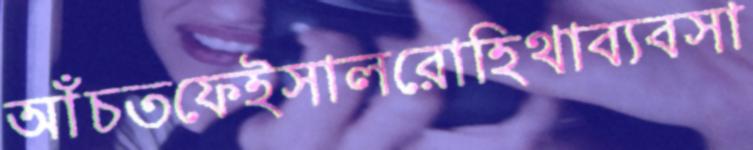
আঁচতফেইসালরোহিথাব্যবসা